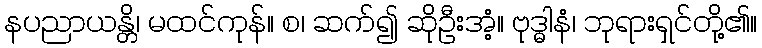
နပညာယန္တိ၊ မထင်ကုန်။ စ၊ ဆက်၍ ဆိုဦးအံ့။ ဗုဒ္ဓါနံ၊ ဘုရားရှင်တို့၏။